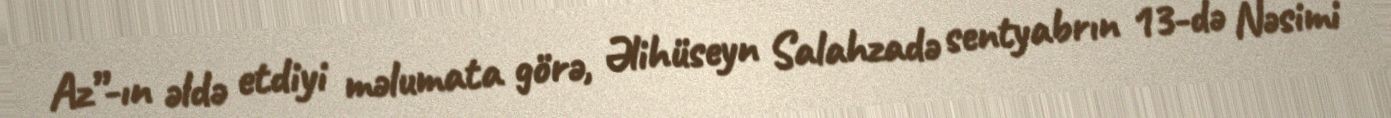
Az”-ın əldə etdiyi məlumata görə, Əlihüseyn Salahzadə sentyabrın 13-də Nəsimi